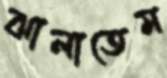
ঝালাতেম